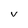
Character: V